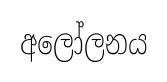
අලෝලනය